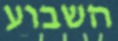
השבוע